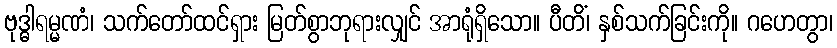
ဗုဒ္ဓါရမ္မဏံ၊ သက်တော်ထင်ရှား မြတ်စွာဘုရားလျှင် အာရုံရှိသော။ ပီတိံ၊ နှစ်သက်ခြင်းကို။ ဂဟေတွာ၊